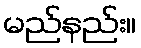
မည်နည်း။